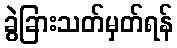
ခွဲခြားသတ်မှတ်ရန်